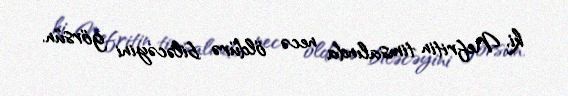
ki, Nefritin timsalında necə öldürə biləcəyini görsün.